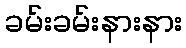
ခမ်းခမ်းနားနား